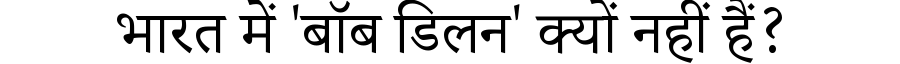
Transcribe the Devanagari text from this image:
भारत में 'बॉब डिलन' क्यों नहीं हैं?